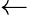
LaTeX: \gets